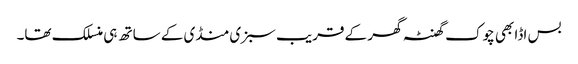
بس اڈا بھی چوک گھنٹہ گھر کے قریب سبزی منڈی کے ساتھ ہی منسلک تھا۔